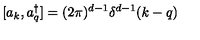
[ a _ { k } , a _ { q } ^ { \dagger } ] = ( 2 \pi ) ^ { d - 1 } \delta ^ { d - 1 } ( k - q )